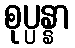
စုပ္ပန္နာ